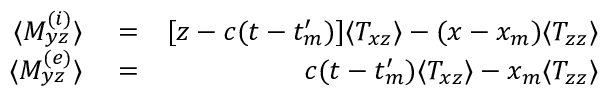
\begin{array} { r l r } { \langle M _ { y z } ^ { ( i ) } \rangle } & { { } = } & { [ z - c ( t - t _ { m } ^ { \prime } ) ] \langle T _ { x z } \rangle - ( x - x _ { m } ) \langle T _ { z z } \rangle } \\ { \langle M _ { y z } ^ { ( e ) } \rangle } & { { } = } & { c ( t - t _ { m } ^ { \prime } ) \langle T _ { x z } \rangle - x _ { m } \langle T _ { z z } \rangle } \end{array}